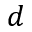
d